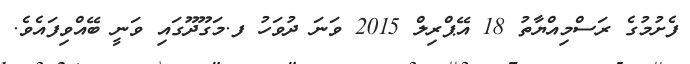
ފެށުމުގެ ރަސްމިއްޔާތު 18 އޭޕްރިލް 2015 ވަނަ ދުވަހު ފ.މަގޫދޫގައި ވަނީ ބޭއްވިފައެވެ.